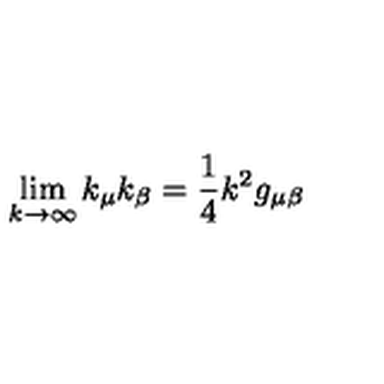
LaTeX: \lim _ { k \rightarrow \infty } k _ { \mu } k _ { \beta } = \frac { 1 } { 4 } k ^ { 2 } g _ { \mu \beta }